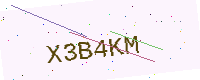
Text: X3B4KM